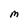
Character: M